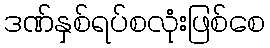
ဒဏ်နှစ်ရပ်စလုံးဖြစ်စေ